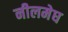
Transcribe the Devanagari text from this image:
नीलमेघ